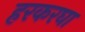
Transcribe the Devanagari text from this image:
हरकरघा